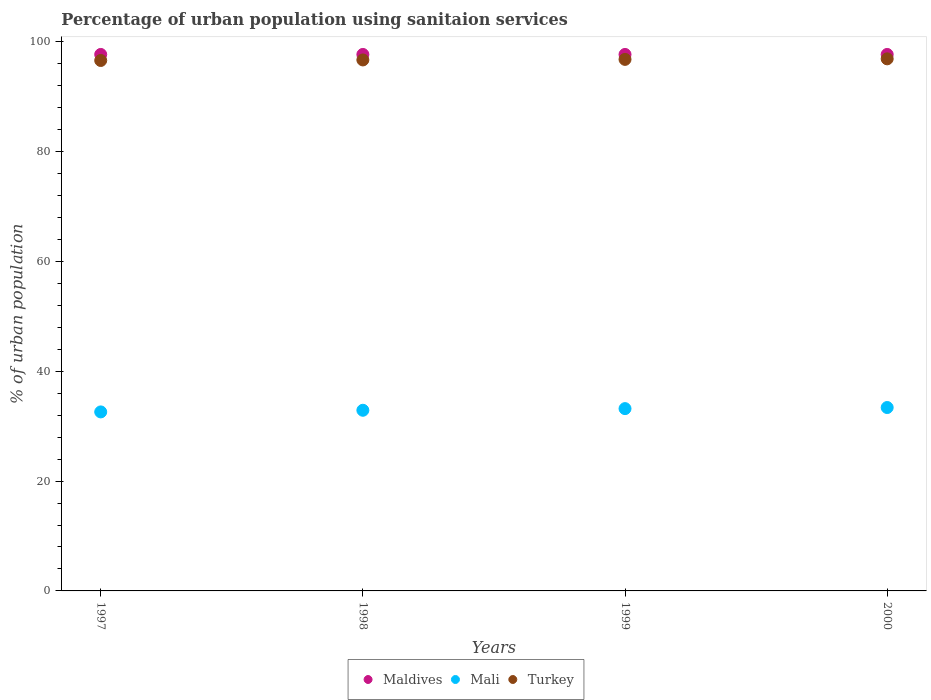
| Years | Maldives | Mali | Turkey |
 | --- | --- | --- | --- |
 | 1997 | 97.7 | 32.6 | 96.6 |
 | 1998 | 97.7 | 32.9 | 96.7 |
 | 1999 | 97.7 | 33.2 | 96.8 |
 | 2000 | 97.7 | 33.4 | 96.9 |